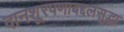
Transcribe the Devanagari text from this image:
दानशूरपणाबद्दलसुद्धा